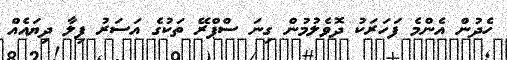
ހެދުން އެންމެ ފަހަރަކު ދޮވެލުމުން ގިނަ ސްޕްރޭ ތަކުގެ އަސަރު ފިލާ ދިޔައެއް